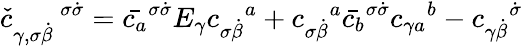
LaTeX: {\check{c}}_{\gamma,\sigma\dot{\beta}}^{\enspace\enspace\enspace\, \sigma\dot{\sigma}}=\bar{c_{a}}^{\sigma\dot{\sigma}}E_{\gamma}{c_{\sigma\dot{\beta}}}^{a}+{c_{\sigma\dot{\beta}}}^{a}\bar{c_{b}}^{\sigma\dot{\sigma}}{c_{\gamma a}}^{b}-{c_{\gamma\dot{\beta}}}^{\dot{\sigma}}